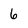
Character: 6